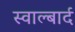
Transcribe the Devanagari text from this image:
स्वाल्बार्द